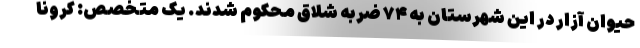
حیوان آزار در این شهرستان به ۷۴ ضربه شلاق محکوم شدند. یک متخصص: کرونا